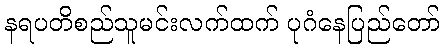
နရပတိစည်သူမင်းလက်ထက် ပုဂံနေပြည်တော်